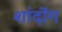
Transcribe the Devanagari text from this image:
शांदोंग